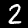
Label: 2